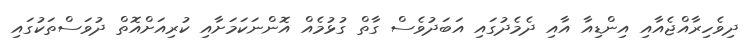
ދިވެހިރާއްޖެއާއި އިންޑިއާ އާއި ދެމެދުގައި އަބަދުވެސް ގާތް ގުޅުމެއް އޮންނަކަމަށާއި ކުރިއަށްއޮތް ދުވަސްތަކުގައި